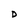
Character: D